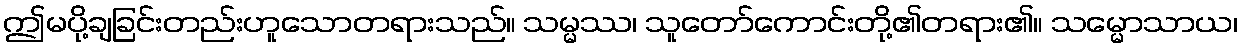
ဤမပို့ချခြင်းတည်းဟူသောတရားသည်။ သမ္မဿ၊ သူတော်ကောင်းတို့၏တရား၏။ သမ္မောသာယ၊